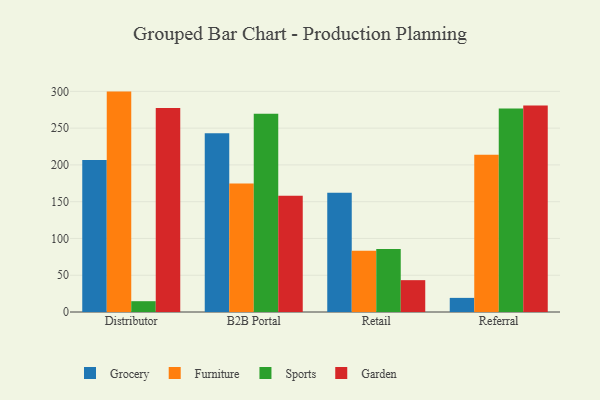
{"axis": {"x": "Channel", "y": "Population (Million)"}, "legend": ["Furniture", "Garden", "Grocery", "Sports"], "data": [{"x": "Distributor", "y": 206.8, "type": "Grocery"}, {"x": "Distributor", "y": 299.7, "type": "Furniture"}, {"x": "Distributor", "y": 14.7, "type": "Sports"}, {"x": "Distributor", "y": 277.5, "type": "Garden"}, {"x": "B2B Portal", "y": 243.2, "type": "Grocery"}, {"x": "B2B Portal", "y": 174.9, "type": "Furniture"}, {"x": "B2B Portal", "y": 269.6, "type": "Sports"}, {"x": "B2B Portal", "y": 158.1, "type": "Garden"}, {"x": "Retail", "y": 162.3, "type": "Grocery"}, {"x": "Retail", "y": 83.4, "type": "Furniture"}, {"x": "Retail", "y": 85.7, "type": "Sports"}, {"x": "Retail", "y": 43.3, "type": "Garden"}, {"x": "Referral", "y": 19.2, "type": "Grocery"}, {"x": "Referral", "y": 213.8, "type": "Furniture"}, {"x": "Referral", "y": 276.6, "type": "Sports"}, {"x": "Referral", "y": 280.9, "type": "Garden"}]}